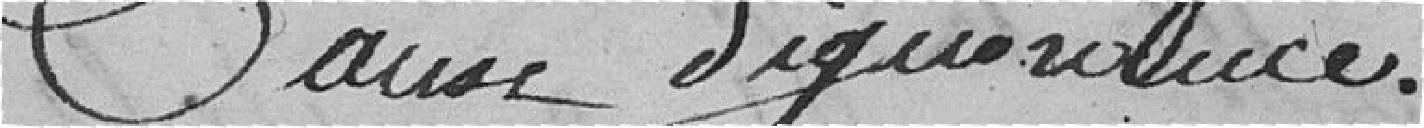
cause d'ignorance